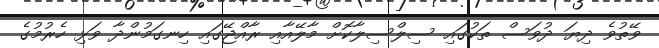
ވޭތުވެ ދިޔަ ދުވަސް ތަކުގައި ސިލްސިލާކޮށް މާލޭއާއި ރާއްޖޭގައި ހިނގަމުންދާ ވަޅި ހެރުމުގެ